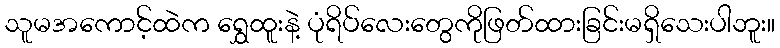
သူမအကောင့်ထဲက ရွှေထူးနဲ့ ပုံရိပ်လေးတွေကိုဖြတ်ထားခြင်းမရှိသေးပါဘူး။